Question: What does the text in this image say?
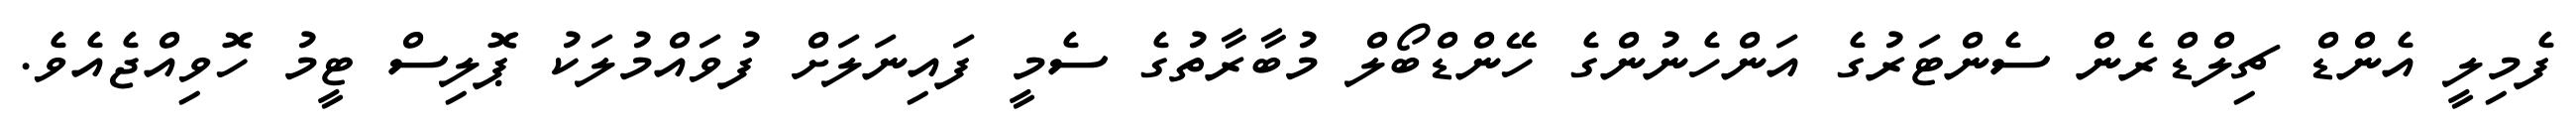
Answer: ފެމިލީ އެންޑް ޗިލްޑްރެން ސެންޓަރުގެ އަންހެނުންގެ ހޭންޑްބޯލް މުބާރާތުގެ ސެމީ ފައިނަލަށް ފުވައްމުލަކު ޕޮލިސް ޓީމު ހޮވިއްޖެއެވެ.